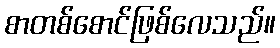
စာတစ်စောင်ဖြစ်လေသည်။